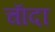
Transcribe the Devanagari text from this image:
चाॅदा